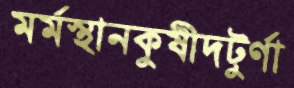
মর্মস্থানকুষীদটুর্ণা